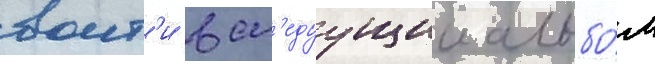
воит'и в сл'едуущии альбо́м